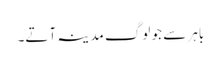
باہر سے جو لوگ مدینہ آتے۔